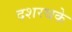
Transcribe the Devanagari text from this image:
दशरथके